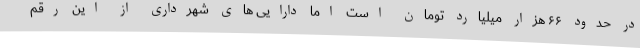
در حدود ۶۶ هزار میلیارد تومان است اما دارایی های شهرداری از این رقم